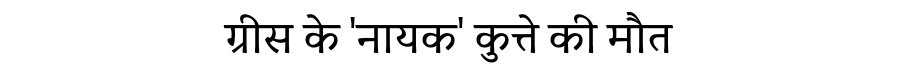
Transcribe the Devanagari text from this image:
ग्रीस के 'नायक' कुत्ते की मौत